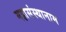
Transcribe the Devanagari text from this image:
महासंस्थानाम